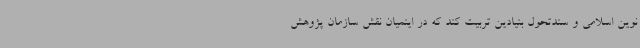
نوین اسلامی و سندتحول بنیادین تربیت کند که در اینمیان نقش سازمان پژوهش